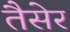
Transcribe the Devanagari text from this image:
तैसेर